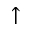
\uparrow